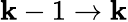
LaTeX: \mathbf{k}-1\rightarrow\mathbf{k}